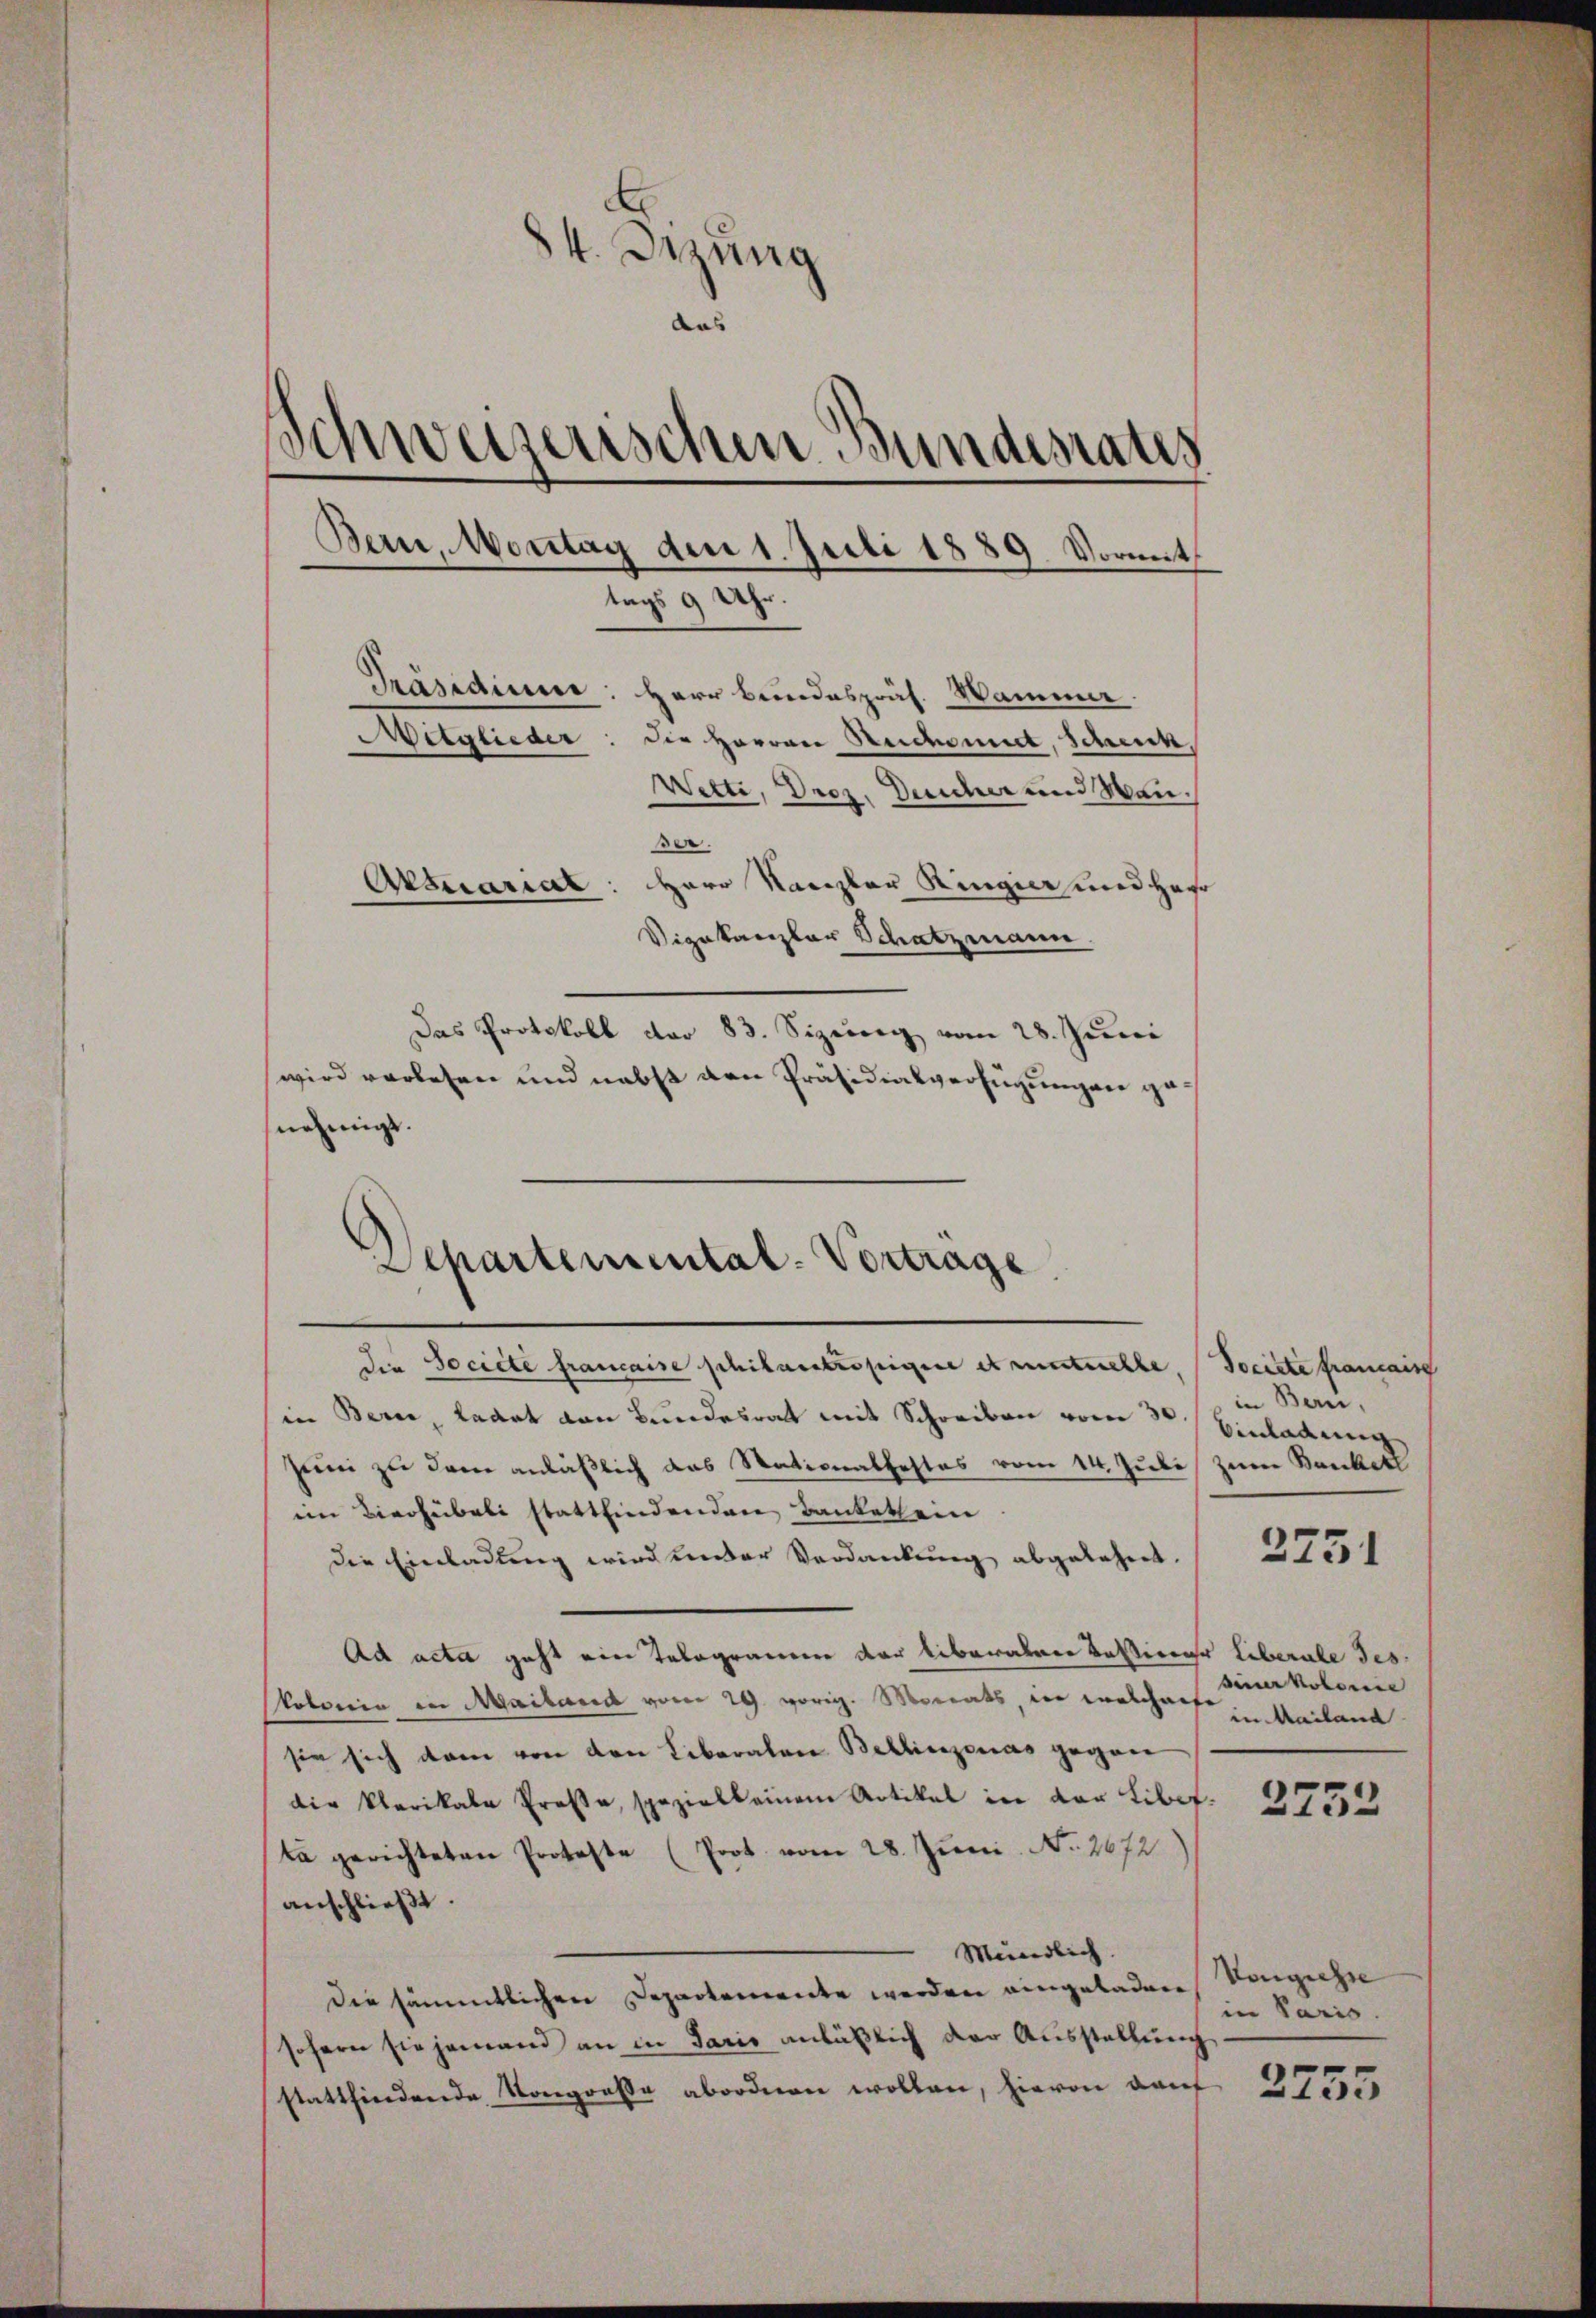
84. Dezung
das
Schweizerischen Bundesaus
Bern, Montag den 1. Juli 1889. Vormit
tags 9 Uhr.
Präsidium
Herr Bundespräs. Wammer.
Mitglieder: die Herren Reichnet, schenk,
Wette, Droz. Deicher und Wan
ser.
Herr Kanzler Ringier und Herr
Artuariar
Vigakanzlar Schatzmann
Das Protokoll der 83. Sizung vom 28. Juni
wird vorlesen und nebst den Präsidialverfügungen genehmigt.

in Bern, Laart von Bundesrat mit Schreiben vom 30. Einladung
Juni zu dem anläßlich das Stationalfestes vom 14. Juli zur Bankett
im Birchübeli stattfindenden Bankethein
die Einladung wird ander Verdankung abgelehnt.
Ad acta geht ein Telegrameren der liberaleen Testierer Liberale Jes.
Polonia in Mailand vom 29. vorig. Morats, den Kalchaufe
sie sich dann von den Liberalen Bellinzonas gegen
die Plarikale Prose, spezial keinem Artikel in der Libefta gerichteten Proteste (Prot. vom 28. Juni. No. 2672
anschließt.
Mündlich.
Die sämmtlichen Departemente werden eingeladen
sofern sie jemand an in Paris anläßlich der Ausstellung
stattfindende Kongreße abordnen wollen, hievon daf

)
Departemental-Vortrage
die Societe francaise schilanstropigene et menstuelle, Societe francaise

in Bern,

2751

siner kolorie
in Mailand

2752

Vongiesse
in Paris.

2755